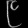
Digit: ၉